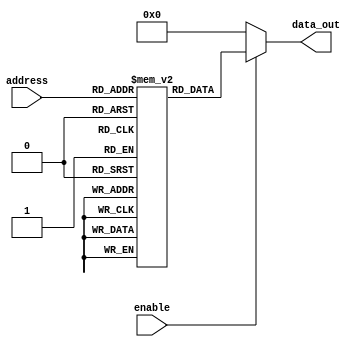
module parameterized_rom #(
    parameter ADDR_WIDTH = 8,   // Width of the address bus
    parameter DATA_WIDTH = 16    // Width of the data output
)(
    input  wire [ADDR_WIDTH-1:0] address, // Address input
    input  wire enable,                   // Enable signal
    output reg  [DATA_WIDTH-1:0] data_out // Data output
);

// Memory array declaration
reg [DATA_WIDTH-1:0] rom [0:(1 << ADDR_WIDTH)-1];

// Initial block to initialize ROM contents
initial begin
    // Example initialization with some constant values
    // You can modify these values as needed
    rom[0]  = 16'h0001;
    rom[1]  = 16'h0002;
    rom[2]  = 16'h0003;
    rom[3]  = 16'h0004;
    rom[4]  = 16'h0005;
    rom[5]  = 16'h0006;
    rom[6]  = 16'h0007;
    rom[7]  = 16'h0008;
    // Add more initialization as needed up to 2^ADDR_WIDTH entries
end

// Combinational logic for ROM read operation
always @(*) begin
    if (enable) begin
        data_out = rom[address]; // Read data from ROM
    end else begin
        data_out = {DATA_WIDTH{1'b0}}; // Output zero when not enabled
    end
end

endmodule